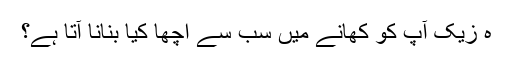
ہ زیک آپ کو کھانے میں سب سے اچھا کیا بنانا آتا ہے؟